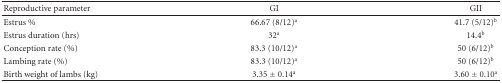
<table><thead><tr><td><b>Reproductive parameter</b></td><td><b>GI</b></td><td><b>GII</b></td></tr></thead><tbody><tr><td>Estrus %</td><td>66.67 (8/12)<sup>a</sup></td><td>41.7 (5/12)<sup>b</sup></td></tr><tr><td>Estrus duration (hrs)</td><td>32<sup>a</sup></td><td>14.4<sup>b</sup></td></tr><tr><td>Conception rate (%)</td><td>83.3 (10/12)<sup>a</sup></td><td>50 (6/12)<sup>b</sup></td></tr><tr><td>Lambing rate (%)</td><td>83.3 (10/12)<sup>a</sup></td><td>50 (6/12)<sup>b</sup></td></tr><tr><td>Birth weight of lambs (kg)</td><td>3.35 ± 0.14<sup>a</sup></td><td>3.60 ± 0.10<sup>a</sup></td></tr></tbody></table>